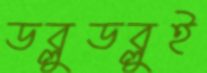
ডব্লুডব্লুই